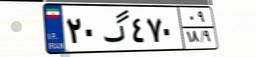
۱۰گ۵۰۱۷۰